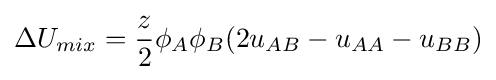
\Delta U_{mix}={\frac {z}{2}}\phi _{A}\phi _{B}(2u_{AB}-u_{AA}-u_{BB})